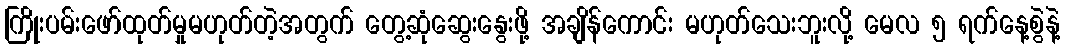
ကြိုးပမ်းဖော်ထုတ်မှုမဟုတ်တဲ့အတွက် တွေ့ဆုံဆွေးနွေးဖို့ အချိန်ကောင်း မဟုတ်သေးဘူးလို့ မေလ ၅ ရက်နေ့စွဲနဲ့